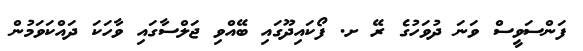
ފަންސަވީސް ވަނަ ދުވަހުގެ ރޭ ށ. ފޯކައިދޫގައި ބޭއްވި ޖަލްސާގައި ވާހަކަ ދައްކަވަމުން